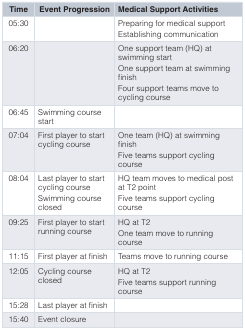
<table><thead><tr><td><b>Time</b></td><td><b>Event Progression</b></td><td><b>Medical Support Activities</b></td></tr></thead><tbody><tr><td>05:30</td><td></td><td>Preparing for medical supportEstablishing communication</td></tr><tr><td>06:20</td><td></td><td>One support team (HQ) atswimming startOne support team at swimmingfinishFour support teams move tocycling course</td></tr><tr><td>06:45</td><td>Swimming coursestart</td><td></td></tr><tr><td>07:04</td><td>First player to startcycling course</td><td>One team (HQ) at swimmingfinishFive teams support cyclingcourse</td></tr><tr><td>08:04</td><td>Last player to startcycling courseSwimming courseclosed</td><td>HQ team moves to medical postat T2 pointFive teams support cyclingcourse</td></tr><tr><td>09:25</td><td>First player to startrunning course</td><td>HQ at T2One team move to runningcourse</td></tr><tr><td>11:15</td><td>First player at finish</td><td>Teams move to running course</td></tr><tr><td>12:05</td><td>Cycling courseclosed</td><td>HQ at T2Five teams supportrunning course</td></tr><tr><td>15:28</td><td>Last player at finish</td><td></td></tr><tr><td>15:40</td><td>Event closure</td><td></td></tr></tbody></table>